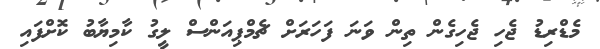
މެޑްރިޑު ޖެހި ޖެހިގެން ތިން ވަނަ ފަހަރަށް ޗެމްޕިއަންސް ލީގު ކާމިޔާބު ކޮށްފައި